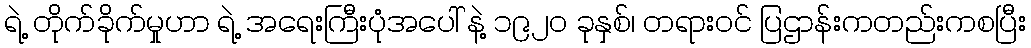
ရဲ့ တိုက်ခိုက်မှုဟာ ရဲ့ အရေးကြီးပုံအပေါ် နဲ့ ၁၉၂၀ ခုနှစ်၊ တရားဝင် ပြဌာန်းကတည်းကစပြီး